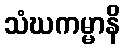
သံဃကမ္မာနိ